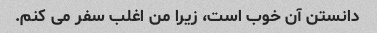
دانستن آن خوب است، زیرا من اغلب سفر می کنم.